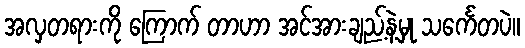
အလှတရားကို ကြောက် တာဟာ အင်အားချည့်နဲ့မှု သင်္ကေတပဲ။